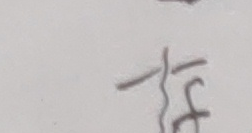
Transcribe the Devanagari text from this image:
मलाई